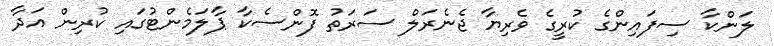
ލަންކާ ސިފައިންގެ ކުރީގެ ވެރިޔާ ޖެނެރަލް ސަރަތު ފޮންސެކާ ޕާލަމެންޓުގައި ކުރިން އަދާ